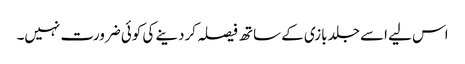
اس لیے اسے جلد بازی کے ساتھ فیصلہ کردینے کی کوئی ضرورت نہیں۔